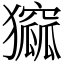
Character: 㺠